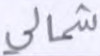
شمالي